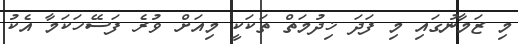
މި ޒަމާނުގައި މި ފަދަ ޚިދުމަތް ތަކަކީ މިއަށް ވުރެ ފަސޭހަކަމާ އެކު